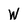
Character: W